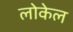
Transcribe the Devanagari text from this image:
लोकेल